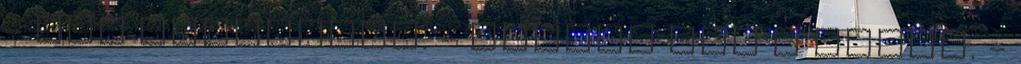
- Nem szerettem. - ráztam meg a fejem. -